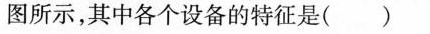
图所示，其中各个设备的特征是( )